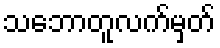
သဘောတူလက်မှတ်